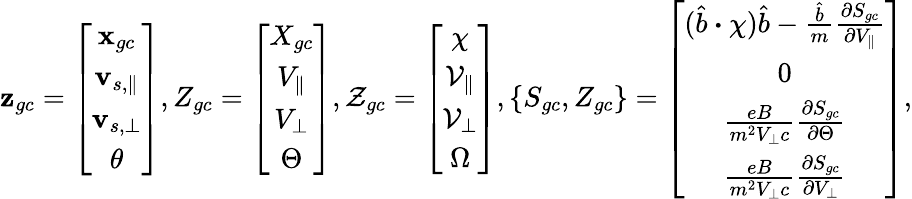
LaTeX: \mathbf{z}_{gc}=\left[\begin{array}{c}{\textbf{x}_{gc}}\\ {\mathbf{v}_{s,\parallel}}\\ {\mathbf{v}_{s,\perp}}\\ {\theta}\end{array}\right],Z_{gc}=\left[\begin{array}{c}{X_{gc}}\\ {V_{\parallel}}\\ {V_{\perp}}\\ {\Theta}\end{array}\right],\mathcal{{Z}}_{gc}=\left[\begin{array}{c}{\chi}\\ {\mathcal{V}_{\parallel}}\\ {\mathcal{V}_{\perp}}\\ {\Omega}\end{array}\right],\{ S_{gc},Z_{gc}\} =\left[\begin{array}{c}{(\hat{b}\boldsymbol{\cdot}\chi)\hat{b}-\frac{\hat{b}}{m}\frac{\partial S_{gc}}{\partial V_{\parallel}}}\\ {0}\\ {\frac{eB}{m^{2}V_{\perp}c}\frac{\partial S_{gc}}{\partial\Theta}}\\ {\frac{eB}{m^{2}V_{\perp}c}\frac{\partial S_{gc}}{\partial V_{\perp}}}\end{array}\right],